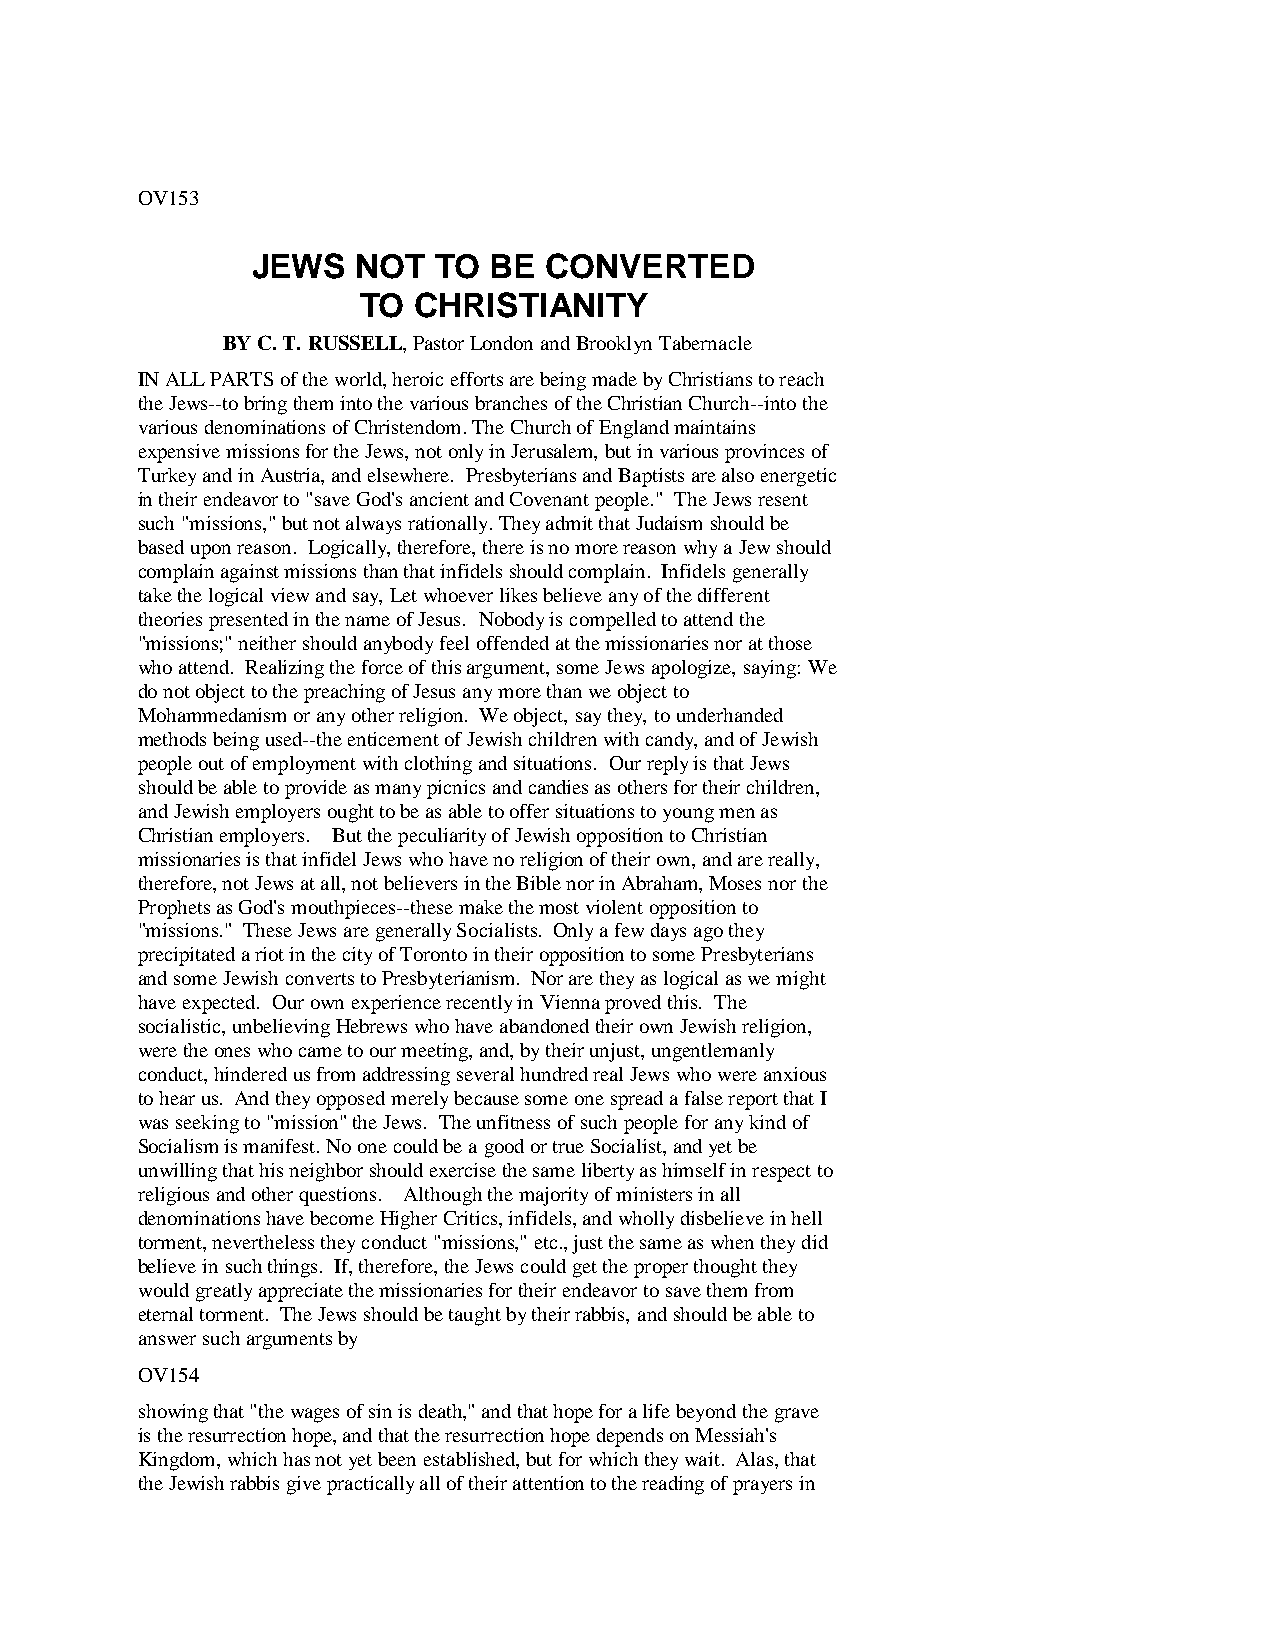
OV153
 JEWS   NOT  TO BE  CONVERTED
 TO CHRISTIANITY
 BY C. T. RUSSELL, Pastor London and Brooklyn Tabernacle
 IN ALL PARTS of the world, heroic efforts are being made by Christians to reach
 the Jews--to bring them into the various branches of the Christian Church--into the
 various denominations of Christendom. The Church of England maintains
 expensive missions for the Jews, not only in Jerusalem, but in various provinces of
 Turkey and in Austria, and elsewhere. Presbyterians and Baptists are also energetic
 in their endeavor to "save God's ancient and Covenant people." The Jews resent
 such "missions," but not always rationally. They admit that Judaism should be
 based upon reason. Logically, therefore, there is no more reason why a Jew should
 complain against missions than that infidels should complain. Infidels generally
 take the logical view and say, Let whoever likes believe any of the different
 theories presented in the name of Jesus. Nobody is compelled to attend the
 "missions;" neither should anybody feel offended at the missionaries nor at those
 who attend. Realizing the force of this argument, some Jews apologize, saying: We
 do not object to the preaching of Jesus any more than we object to
 Mohammedanism or any other religion. We object, say they, to underhanded
 methods being used--the enticement of Jewish children with candy, and of Jewish
 people out of employment with clothing and situations. Our reply is that Jews
 should be able to provide as many picnics and candies as others for their children,
 and Jewish employers ought to be as able to offer situations to young men as
 Christian employers. But the peculiarity of Jewish opposition to Christian
 missionaries is that infidel Jews who have no religion of their own, and are really,
 therefore, not Jews at all, not believers in the Bible nor in Abraham, Moses nor the
 Prophets as God's mouthpieces--these make the most violent opposition to
 "missions." These Jews are generally Socialists. Only a few days ago they
 precipitated a riot in the city of Toronto in their opposition to some Presbyterians
 and some Jewish converts to Presbyterianism. Nor are they as logical as we might
 have expected. Our own experience recently in Vienna proved this. The
 socialistic, unbelieving Hebrews who have abandoned their own Jewish religion,
 were the ones who came to our meeting, and, by their unjust, ungentlemanly
 conduct, hindered us from addressing several hundred real Jews who were anxious
 to hear us. And they opposed merely because some one spread a false report that I
 was seeking to "mission" the Jews. The unfitness of such people for any kind of
 Socialism is manifest. No one could be a good or true Socialist, and yet be
 unwilling that his neighbor should exercise the same liberty as himself in respect to
 religious and other questions. Although the majority of ministers in all
 denominations have become Higher Critics, infidels, and wholly disbelieve in hell
 torment, nevertheless they conduct "missions," etc., just the same as when they did
 believe in such things. If, therefore, the Jews could get the proper thought they
 would greatly appreciate the missionaries for their endeavor to save them from
 eternal torment. The Jews should be taught by their rabbis, and should be able to
 answer such arguments by
 OV154
 showing that "the wages of sin is death," and that hope for a life beyond the grave
 is the resurrection hope, and that the resurrection hope depends on Messiah's
 Kingdom, which has not yet been established, but for which they wait. Alas, that
 the Jewish rabbis give practically all of their attention to the reading of prayers in